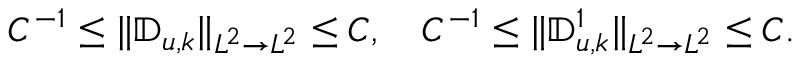
\begin{array} { r } { C ^ { - 1 } \leq \| \mathbb { D } _ { u , k } \| _ { L ^ { 2 } \to L ^ { 2 } } \leq C , \quad C ^ { - 1 } \leq \| \mathbb { D } _ { u , k } ^ { 1 } \| _ { L ^ { 2 } \to L ^ { 2 } } \leq C . } \end{array}